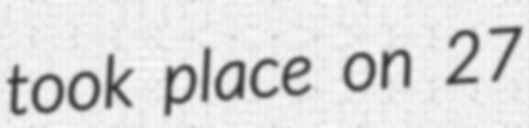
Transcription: took place on 27